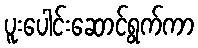
ပူးပေါင်းဆောင်ရွက်ကာ